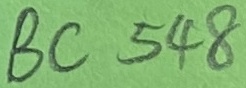
Text: BC548